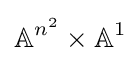
\mathbb {A} ^{n^{2}}\times \mathbb {A} ^{1}